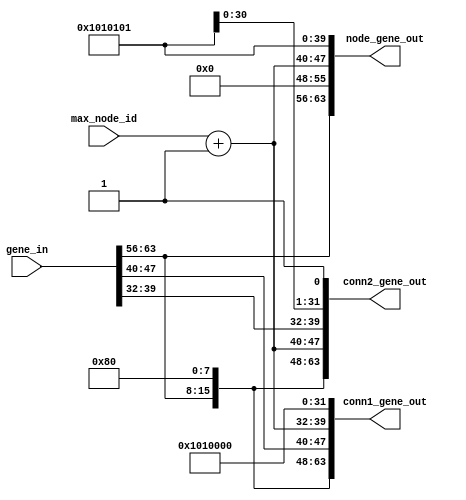
module add_node_mutation
#(
parameter ATTR_SZ = 8,
parameter GENE_SZ = 64
)(
input [ATTR_SZ - 1 : 0] max_node_id,
input [GENE_SZ - 1 : 0] gene_in,

output reg [GENE_SZ - 1 : 0] node_gene_out,
output reg [GENE_SZ - 1 : 0] conn1_gene_out,
output reg [GENE_SZ - 1 : 0] conn2_gene_out
);

wire [63 : 0] tie_low;
wire [ATTR_SZ - 1 : 0] genome_id;
wire [ATTR_SZ - 1 : 0] default_bias;
wire [ATTR_SZ - 1 : 0] default_response;
wire [ATTR_SZ - 1 : 0] default_activation;
wire [ATTR_SZ - 1 : 0] default_aggregation;
wire [ATTR_SZ - 1 : 0] default_weight;
wire [ATTR_SZ - 1 : 0] default_enable;

wire [ATTR_SZ  -1 : 0] node_id; 
wire [ATTR_SZ  -1 : 0] node_gene_identifier;
wire [ATTR_SZ  -1 : 0] conn_gene_identifier;

assign tie_low = 64'b0;

assign genome_id            = gene_in[GENE_SZ - 1: (GENE_SZ - ATTR_SZ)];
assign node_gene_identifier = tie_low[ATTR_SZ - 1:0];
assign conn_gene_identifier = {1'b1, tie_low[ATTR_SZ - 2 : 0]};

assign  node_id              = max_node_id + 1;   
assign  default_bias         = 8'b0000_0001;
assign  default_response     = 8'b0000_0001;
assign  default_activation   = 8'b0000_0001;
assign  default_aggregation  = 8'b0000_0001;
assign  default_weight       = 8'b0000_0001;
assign  default_enable       = 8'b0000_0001;

always @(*)
begin
    node_gene_out[GENE_SZ - 1: (GENE_SZ - ATTR_SZ)] = genome_id;
    node_gene_out[7* ATTR_SZ - 1: 6* ATTR_SZ]       = node_gene_identifier;
    node_gene_out[6* ATTR_SZ - 1: 5* ATTR_SZ]       = node_id;
    node_gene_out[5* ATTR_SZ - 1: 4* ATTR_SZ]       = tie_low[ATTR_SZ -1: 0];
    node_gene_out[4* ATTR_SZ - 1: 3* ATTR_SZ]       = default_bias;
    node_gene_out[3* ATTR_SZ - 1: 2* ATTR_SZ]       = default_response;
    node_gene_out[2* ATTR_SZ - 1:    ATTR_SZ]       = default_activation;
    node_gene_out[   ATTR_SZ - 1:          0]       = default_aggregation;

    conn1_gene_out[GENE_SZ - 1: (GENE_SZ - ATTR_SZ)]    = genome_id;
    conn1_gene_out[7* ATTR_SZ - 1: 6* ATTR_SZ]          = conn_gene_identifier;
    conn1_gene_out[6* ATTR_SZ - 1: 5* ATTR_SZ]          = gene_in[6* ATTR_SZ - 1: 5* ATTR_SZ];
    conn1_gene_out[5* ATTR_SZ - 1: 4* ATTR_SZ]          = node_id;
    conn1_gene_out[4* ATTR_SZ - 1: 3* ATTR_SZ]          = gene_in[4* ATTR_SZ - 1: 3* ATTR_SZ];
    conn1_gene_out[3* ATTR_SZ - 1: 2* ATTR_SZ]          = gene_in[3* ATTR_SZ - 1: 2* ATTR_SZ];
    conn1_gene_out[2* ATTR_SZ - 1: 1* ATTR_SZ]          = gene_in[2* ATTR_SZ - 1: 1* ATTR_SZ];
    conn1_gene_out[   ATTR_SZ - 1:          0]          = gene_in[   ATTR_SZ - 1:          0];

    conn2_gene_out[GENE_SZ - 1: (GENE_SZ - ATTR_SZ)]    = genome_id;
    conn2_gene_out[7* ATTR_SZ - 1: 6* ATTR_SZ]          = conn_gene_identifier;
    conn2_gene_out[6* ATTR_SZ - 1: 5* ATTR_SZ]          = node_id;
    conn2_gene_out[5* ATTR_SZ - 1: 4* ATTR_SZ]          = gene_in[5* ATTR_SZ - 1: 4* ATTR_SZ];
    conn1_gene_out[4* ATTR_SZ - 1: 3* ATTR_SZ]          = default_weight;
    conn1_gene_out[3* ATTR_SZ - 1: 2* ATTR_SZ]          = default_enable;
    conn1_gene_out[2* ATTR_SZ - 1: 1* ATTR_SZ]          = tie_low[ATTR_SZ - 1: 0];
    conn1_gene_out[   ATTR_SZ - 1:          0]          = tie_low[ATTR_SZ - 1: 0];
end
endmodule


module del_list_node_match
#(
parameter GENE_SZ = 64,
parameter ATTR_SZ = 8
)(
input [ATTR_SZ - 1: 0] src_node,
input [ATTR_SZ - 1: 0] dest_node,
input [GENE_SZ - 1: 0] del_node_list,

output match
);
wire [(GENE_SZ / ATTR_SZ) - 1: 0] match_bits_src;
wire [(GENE_SZ / ATTR_SZ) - 1: 0] match_bits_dest;

genvar i;
generate
    for(i = 0; i < (GENE_SZ / ATTR_SZ); i = i+1)
    begin
        assign match_bits_src[i] = src_node ^ del_node_list[(i+1) * ATTR_SZ - 1: i* ATTR_SZ];
    end
endgenerate

genvar j;
generate
    for(j = 0; j < (GENE_SZ / ATTR_SZ); j = j+1)
    begin
        assign match_bits_dest[j] = dest_node ^ del_node_list[(j+1) * ATTR_SZ - 1: j* ATTR_SZ];
    end
endgenerate

assign match = ~&{match_bits_src, match_bits_dest};

endmodule


module add_conn_mutation
#(
parameter GENE_SZ = 64,
parameter ATTR_SZ = 8
)(

input [ATTR_SZ - 1 : 0] genome_id,

output reg [GENE_SZ - 1 : 0] new_node_gene,
output reg [GENE_SZ - 1 : 0] new_conn1_gene,
output reg [GENE_SZ - 1 : 0] new_conn2_gene
);
wire [ATTR_SZ - 1: 0] src;
wire [ATTR_SZ - 1: 0] dest;

endmodule